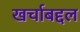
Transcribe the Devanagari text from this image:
खर्चाबद्दल